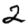
Digit: 2